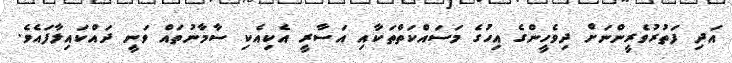
އަދި ފަތުރުވެރީންނަށް ދިވެހީންގެ އިހުގެ މަސައްކަތްތަކާއި އަސާރީ އެކިއެކި ސާމާނުތައް ވަނީ ދައްކައިލާފައެވެ.